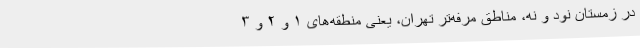
در زمستان نود و نه، مناطق مرفه‌تر تهران، یعنی منطقه‌های ۱ و ۲ و ۳